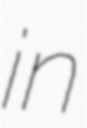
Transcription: in